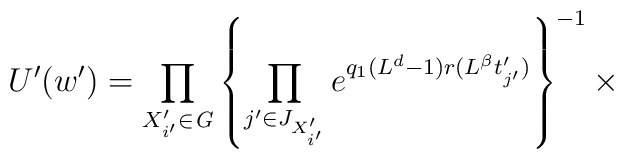
U'(w')=\prod_{X'_{i'}\in {\it G}}\left\{\prod_{j'\in J_{X'_{i'}}}e^{q_{1}(L^d-1)r(L^{\beta}t'_{j'})}\right\}^{-1}\times